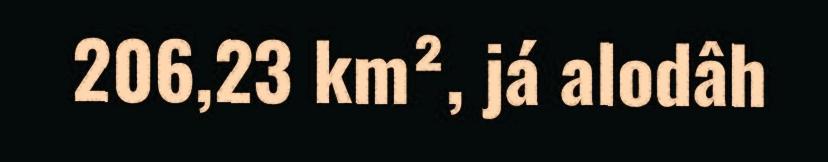
206,23 km², já alodâh